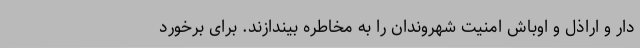
دار و اراذل و اوباش امنیت شهروندان را به مخاطره بیندازند. برای برخورد